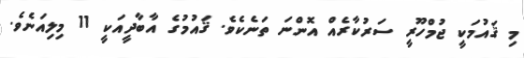
މި ޤައުމަކީ ޖުމްހޫރީ ސަރުކާރެއް އޮންނަ ތަނެކެވެ. ޤައުމުގެ އާބާދީއަކީ 11 މިލިއަނެވެ.